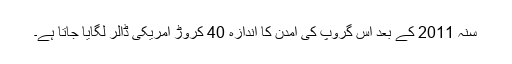
سنہ 2011 کے بعد اس گروپ کی آمدن کا اندازہ 40 کروڑ امریکی ڈالر لگایا جاتا ہے۔